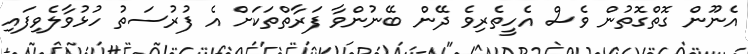
އެނޫން ގޮތްގޮތުން ވެސް އެހީތެރިވެ ދޭން ބޭނުންވާ ފަރާތްތަކަށް އެ ފުރުސަތު ހުޅުވާލެވިފައި